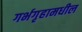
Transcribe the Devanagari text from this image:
गर्भगृहामधील